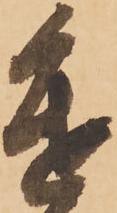
進